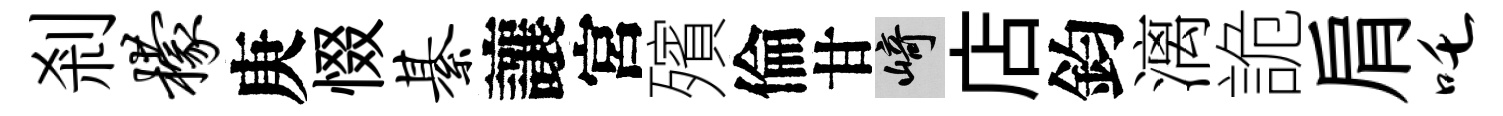
剎檬庚惙綦讓宮殯倫甘崎店鈞漓詭肩吒